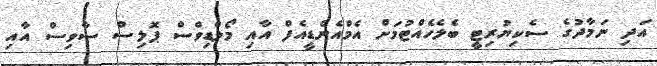
އަދި ނަމާދުގެ ސެކިޔުރިޓީ ބެލެހެއްޓުމަށް އެމްއެންޑީއެފް އާއި މޯލްޑިވްސް ޕޮލިސް ސާވިސް އާއި